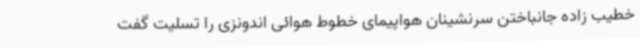
خطیب زاده جانباختن سرنشینان هواپیمای خطوط هوائی اندونزی را تسلیت گفت